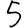
Digit: 5